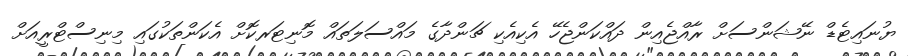
ޔުނައިޓެޑް ނޭޝަންސަށް ރާއްޖެއިން ދައްކަންޖެހޭ އެކިއެކި ޗަންދާގެ މައްސަލަތައް މޮނިޓަރކޮށް އެކަންތަކުގައި މިނިސްޓްރީއަށް